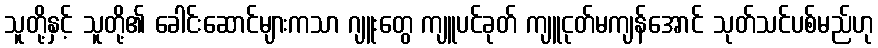
သူတို့နှင့် သူတို့၏ ခေါင်းဆောင်များကသာ ဂျူးတွေ ကျူပင်ခုတ် ကျူငုတ်မကျန်အောင် သုတ်သင်ပစ်မည်ဟု